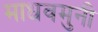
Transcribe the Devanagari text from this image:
माधवमुनी